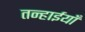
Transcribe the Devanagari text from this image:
तन्हाईयाँ